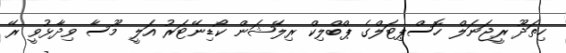
ހިތަދޫ ރީޖަނަލް ހޮސްޕިޓަލްގެ ޕްބްލިކް ރިލޭޝަން ކޯޑިނޭޓަރު އަލީ މޫސާ ވިދާޅުވީ ރޭ